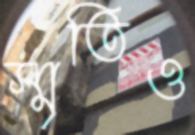
স্মৃতিও